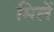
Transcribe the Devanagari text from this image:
सिलें